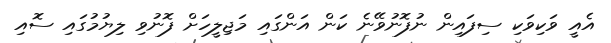
އެއީ ވަކިވަކި ސިފައިން ނުފޮނުވޭނެ ކަން އަންގައި މަޖިލީހަށް ފޮނުވި ލިޔުމުގައި ސޮއި